Vaccination report Assam 1896-1927 - 1896-1927
Year: 1896
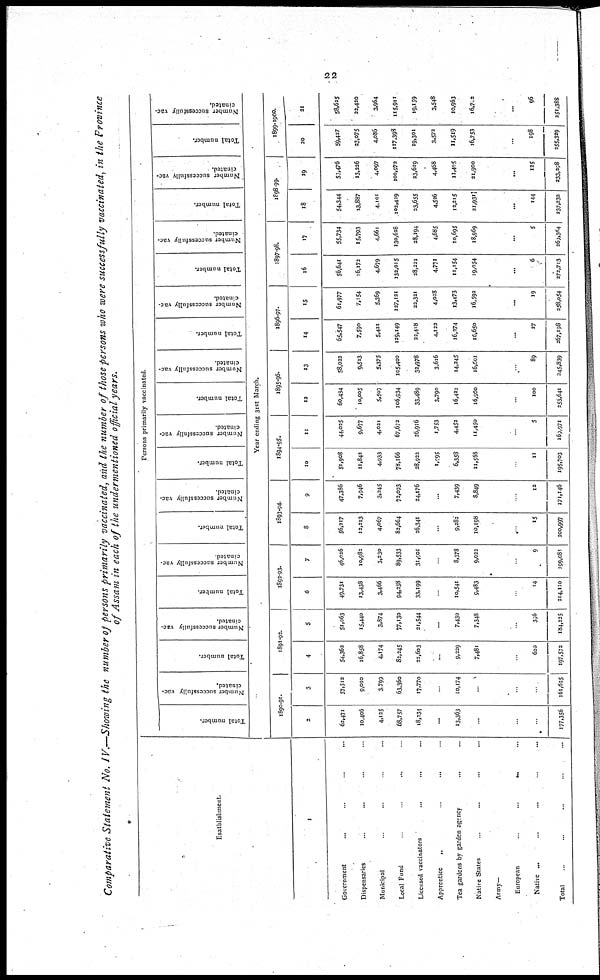
22
Comparative Statement No. IV.—Showing the number of persons primarily vaccinated, and the number of those persons who were successfully vaccinated, in the Province
of Assam in each of the undermentioned official years.
Esatblishment.
1
Government ... ... ... ...
Dispensaries ... ... ... ...
Municipal ... ... ... ...
Local Fund
...
...
...
...
Licensed vaccinators ... ... ...
Apprentice
„
... ... ...
Tea gardens by garden agency ... ...
Native States ... ... ... ...
Army ... ... ... ...
European
... ... ... ... ...
Native ... ... ... ... ... ...
Total ... ... ... ... ...
Persons primarily vaccinated.
Total number.
Number successfully vac-
cinated.
Total number.
Number successfully vac-
cinated.
Total number.
Number successfully vac-
cinated.
Total number.
Number successfully vac-
cinated.
Total number.
Number successfully vac-
cinated.
Total number.
Number successfully vac-
cinated.
Total number.
Number successfully vac-
cinated.
Total number.
Number successfully vac-
cinated.
Total number.
Number successfully vac-
cinated.
Total number.
Number successfully vac¬
cinated.
Year ending 31st March.
1890-91.
2
62,471
10,406
4,125
68,757
18,334
...
13,363
...
...
...
...
177,356
3
57,512
9,010
3,799
63,360
17,770
...
10,174
...
...
...
...
161,625
1891-92.
4
54,363
16,858
4,174
82,245
22,603
...
9,229
7,481
...
...
620
197,572
5
51,063
15,440
3,874
77,130
21,544
...
7,430
7,348
...
...
396
184,235
1892-93.
6
49,731
13,438
3,466
94,238
33,199
...
10,541
9,483
...
...
14
214,110
7
46,026
10,982
3,230
89,533
31,901
...
8,378
9,022
...
...
9
199,081
1893-94.
8
56,217
12,213
4,067
82,664
26,341
...
9,282
10,198
...
...
15
200,997
9
47,386
7,946
3,245
72,093
24,176
...
7,439
8,849
...
...
12
171,146
1894-95.
10
51,908
11,842
4,933
78,166
28,922
1,995
6,358
11,568
...
...
11
195,703
11
44,025
9,677
4,021
67,672
26,916
1,753
4,452
11,450
...
...
5
169,971
1895-96.
12
60,434
10,005
5,507
106,934
33,489
3,790
16,422
16,960
...
...
100
253,641
13
58,022
9,513
5,375
105,400
32,978
3,616
14,245
16,601
...
...
89
345,839
1896-97.
14
65,547
7,590
5,421
129,149
22,418
4,122
16,274
16,650
...
...
27
267,198
15
61,977
7,154
5,369
127,121
23,321
4,028
13,473
16,592
...
...
19
258,054
1897-98.
16
56,641
16,172
4,679
132,015
28,221
4,771
11,154
19,054
...
...
6
272,713
17
55,734
15,793
4,661
130,628
28,194
4,685
10,695
18,969
...
...
5
269,364
1898-99.
18
54,344
13,887
4,101
102,429
33,655
4,526
12,215
21,931
...
...
144
237,232
19
53,476
13,326
4,097
100,972
23,629
4,468
11,405
21,900
...
...
125
233,298
1899-1900.
20
59,427
23,075
4,086
117,398
19,301
3,572
11,519
16,753
...
...
198
255,329
21
58,625
22,420
3,964
115,911
19,159
3,548
10,963
16,702
...
...
96
251,388